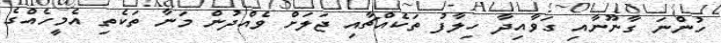
ހުންނަ ގާނޫނާއި ގަވާއިދާ ހިލާފު ތަކެއްޗާއި ޖަލަށް ވެއްދުން މަނާ ތަކެތި އެމީހެއްގެ